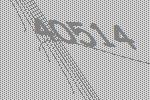
40514